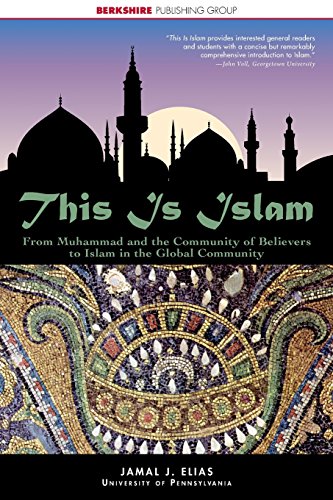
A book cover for This Is Islam: From Muhammad and the community of believers to Islam in the global community (This World of Ours); Jamal Elias; Religion & Spirituality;